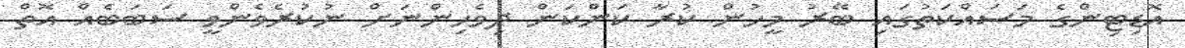
އޮޑިޓިންގެ މަސައްކަތުގައި ބޭރު މީހުން ކުރާ ކަންކަން ދިވެހިންނަށް ނުކުރެވެންވީ ސަބަބެއް އޮތް